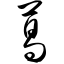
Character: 葛